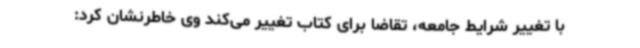
با تغییر شرایط جامعه، تقاضا برای کتاب تغییر می‌کند وی خاطرنشان کرد: